Report on vaccination in Madras 1895-1903 - 1895-1903
Year: 1895
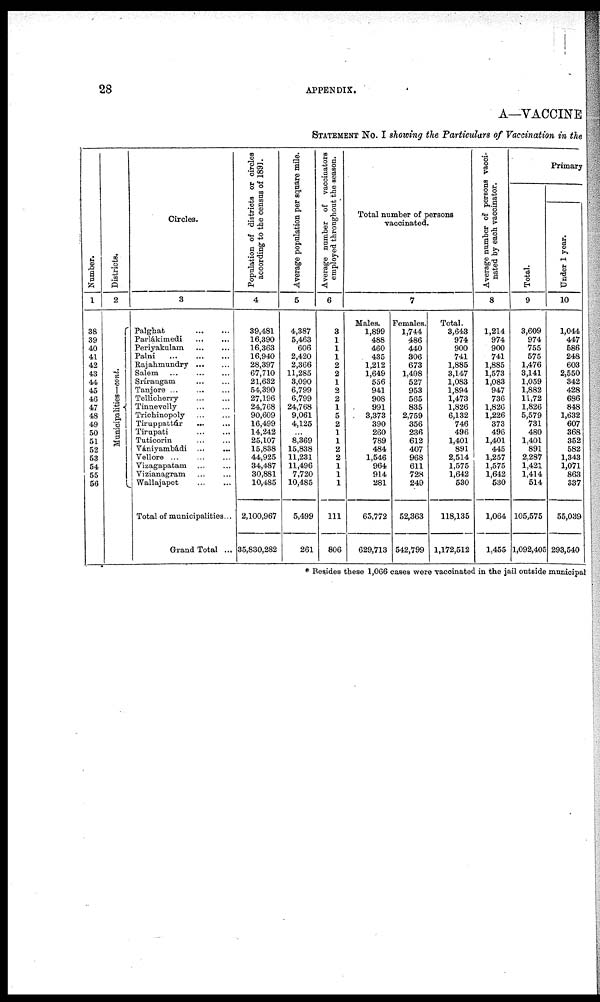
28
APPENDIX.
A—VACCINE
STATEMENT No. I showing the Particulars of Vaccination in the
Number.
1
38
39
40
41
42
43
44
45
46
47
48
49
50
51
52
53
54
55
56
Districts.
2
Municipalities—cont.
Circles.
3
Palghat
...
...
Parlákimedi
...
...
Periyakulam ... ...
Palni
...
...
...
Rajahmundry
...
...
Salem ... ... ...
Srírangam
...
...
Tanjore
...
...
...
Tellicherry
...
...
Tinnevelly ... ...
Trichinopoly
...
...
Tiruppattúr ... ...
Tirupati
...
...
Tuticorin
...
...
Vániyambádi
...
...
Vellore
...
...
...
Vizagapatam
...
...
Vizianagram ... ...
Wallajapet ... ...
Total of municipalities...
Grand Total ...
Population of districts or circles
according to the census of 1891.
4
39,481
16,390
16,363
16,940
28,397
67,710
21,632
54,390
27,196
24,768
90,609
16,499
14,242
25,107
15,838
44,925
34,487
30,881
10,485
2,100,967
35,830,282
Average population per square mile.
5
4,387
5,463
606
2,420
2,366
11,285
3,090
6,799
6,799
24,768
9,061
4,125
...
8,369
15,838
11,231
11,496
7,720
10,485
5,499
261
Average number of vaccinators
employed throughout the season.
6
3
1
1
1
2
2
1
2
2
1
5
2
1
1
2
2
1
1
1
111
806
Total number of persons
vaccinated.
7
Males.
1,899
488
460
435
1,212
1,649
556
941
908
991
3,373
390
260
789
484
1,546
964
914
281
65,772
629,713
Females.
1,744
486
440
306
673
1,498
527
953
565
835
2,759
356
236
612
407
968
611
728
249
52,363
542,799
Total.
3,643
974
900
741
1,885
3,147
1,083
1,894
1,473
1,826
6,132
746
496
1,401
891
2,514
1,575
1,642
530
118,135
1,172,512
Average number of persons vacci-
nated by each vaccinator.
8
1,214
974
900
741
1,885
1,573
1,083
947
736
1,826
1,226
373
496
1,401
445
1,257
1,575
1,642
530
1,064
1,455
Primary
Total.
9
3,609
974
755
575
1,476
3,141
1,059
1,882
11,72
1,826
5,579
731
480
1,401
891
2,287
1,421
1,414
514
105,575
1,092,405
Under 1 year.
10
1,044
447
586
248
603
2,550
342
428
686
848
1,632
607
368
352
582
1,343
1,071
863
337
55,039
293,540
* Besides these 1,066 cases were vaccinated in the jail outside municipal